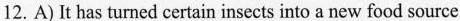
12. A)It has turned certain insects into a new food source.